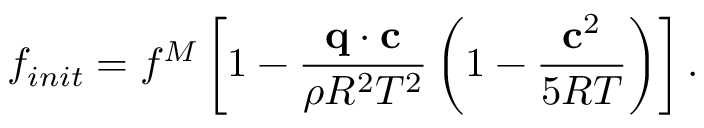
f _ { i n i t } = f ^ { M } \left[ 1 - \frac { \mathbf q \cdot \mathbf c } { \rho R ^ { 2 } T ^ { 2 } } \left( 1 - \frac { \mathbf c ^ { 2 } } { 5 R T } \right) \right] .